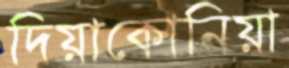
দিয়াকোনিয়া